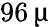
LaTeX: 96\, \upmu